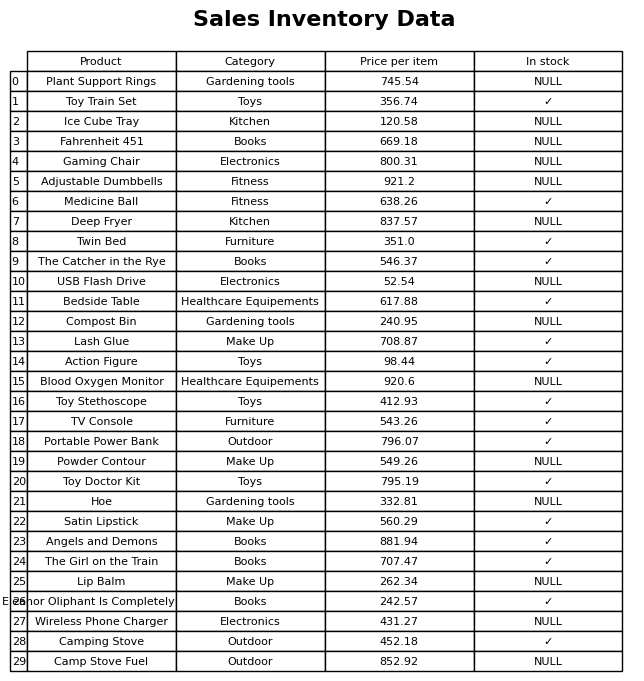
question: What is the price for Lash Glue?
answer: The price of Lash Glue is 708.87.